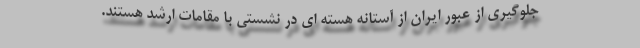
جلوگیری از عبور ایران از آستانه هسته ای در نشستی با مقامات ارشد هستند.